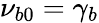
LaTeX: \nu_{b0}=\gamma_{b}